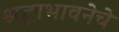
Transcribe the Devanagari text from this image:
श्रद्धाभावनेचे